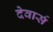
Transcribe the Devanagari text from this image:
देवार्स